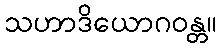
သဟာဒိယောဂဝန္တ။